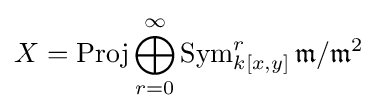
X=\operatorname {Proj} \bigoplus _{r=0}^{\infty }\operatorname {Sym} _{k[x,y]}^{r}{\mathfrak {m}}/{\mathfrak {m}}^{2}